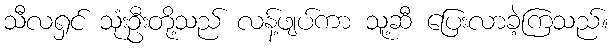
သီလရှင် သုံးဦးတို့သည် လန့်ဖျပ်ကာ သူ့ဆီ ပြေးလာခဲ့ကြသည်။